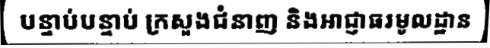
បន្ទាប់បន្ទាប់ ក្រសួងជំនាញ និងអាជ្ញាធរមូលដ្ឋាន